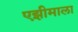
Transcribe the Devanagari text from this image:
एझीमाला